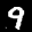
Label: 9